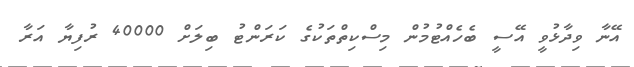
އޭނާ ވިދާޅުވީ އޭސީ ބެހެއްޓުމުން މިސްކިތްތަކުގެ ކަރަންޓު ބިލަށް 40000 ރުފިޔާ އަރާ